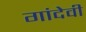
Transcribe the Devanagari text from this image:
गांदेवी